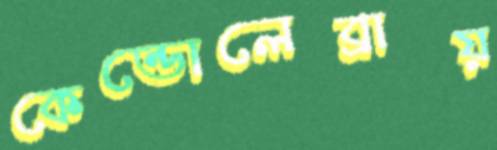
কেন্ডোলেব্রায়